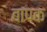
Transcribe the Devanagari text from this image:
बापक